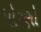
ધોરણો